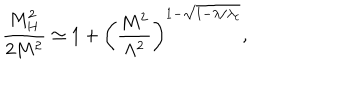
LaTeX: \frac { M _ { H } ^ { 2 } } { 2 M ^ { 2 } } \simeq 1 + \left( \frac { M ^ { 2 } } { \Lambda ^ { 2 } } \right) ^ { 1 - \sqrt { 1 - \lambda / \lambda _ { c } } } ,